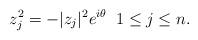
LaTeX: \begin{align*}z_j^2=- \lvert z_j \rvert^2 e^{i \theta} \;\; 1 \leq j \leq n.\end{align*}